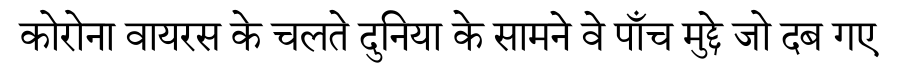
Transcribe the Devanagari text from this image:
कोरोना वायरस के चलते दुनिया के सामने वे पाँच मुद्दे जो दब गए